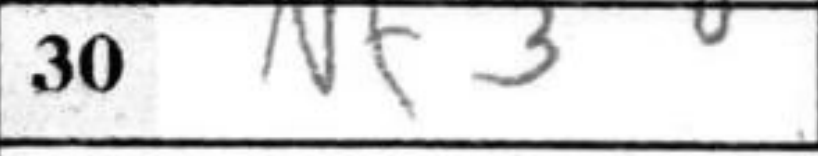
Transcription: Nf3